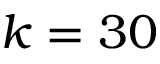
k = 3 0